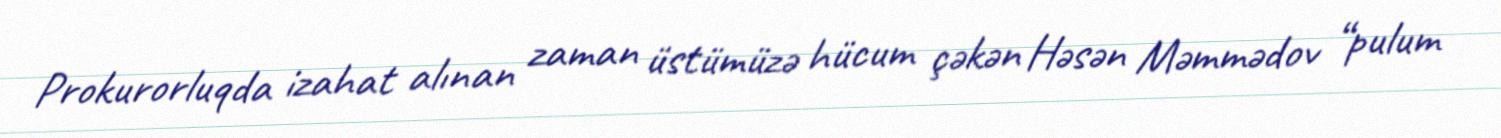
Prokurorluqda izahat alınan zaman üstümüzə hücum çəkən Həsən Məmmədov “pulum